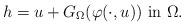
LaTeX: \begin{align*}h=u+G_{\Omega}(\varphi(\cdot,u)) \hbox{ in }\Omega.\end{align*}